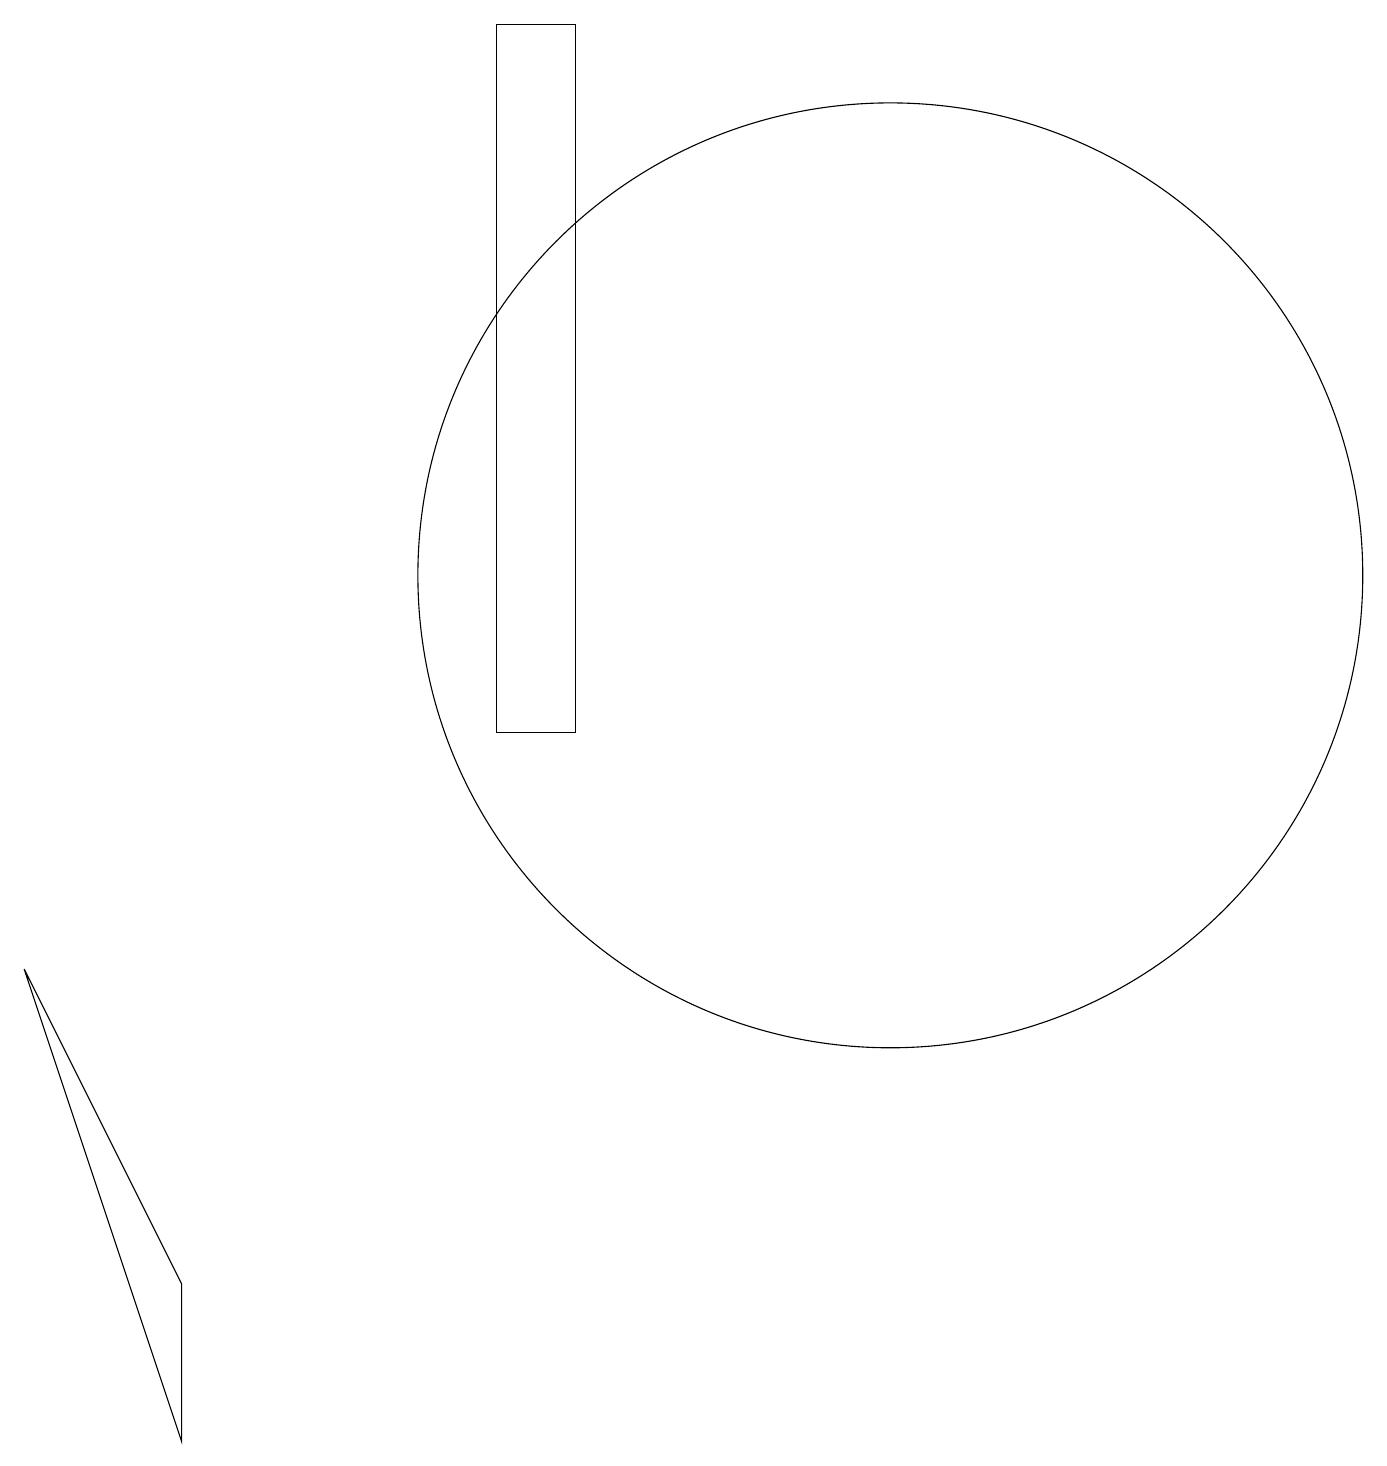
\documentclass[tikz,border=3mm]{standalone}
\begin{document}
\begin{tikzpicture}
\draw (11,12) circle (6);
\draw (0,7) -- (2,3) -- (2,1) -- cycle;
\draw (11,12) circle (0);
\draw (6,10) rectangle (7,19);
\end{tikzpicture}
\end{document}